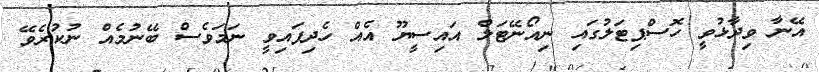
އޭނާ ވިދާޅުވީ ހޮސްޕިޓަލުގައި ނިއޯނޭޓަލް އައިސީޔޫ އެއް ހެދިފައިވީ ނަމަވެސް ބޭނުމެއް ނުކުރެވޭ